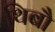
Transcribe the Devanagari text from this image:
थिबौ